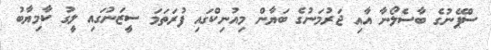
ސްޕޭނުގެ ބާސެލޯނާ އާއި ޖަރުމަނުގެ ބަޔާން މިއުނިކްގައި ފުރަތަމަ ސީޒަނުގައި ލީގު ކާމިޔާބު